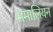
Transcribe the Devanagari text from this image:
ममालियन